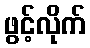
ဖွင့်လိုက်